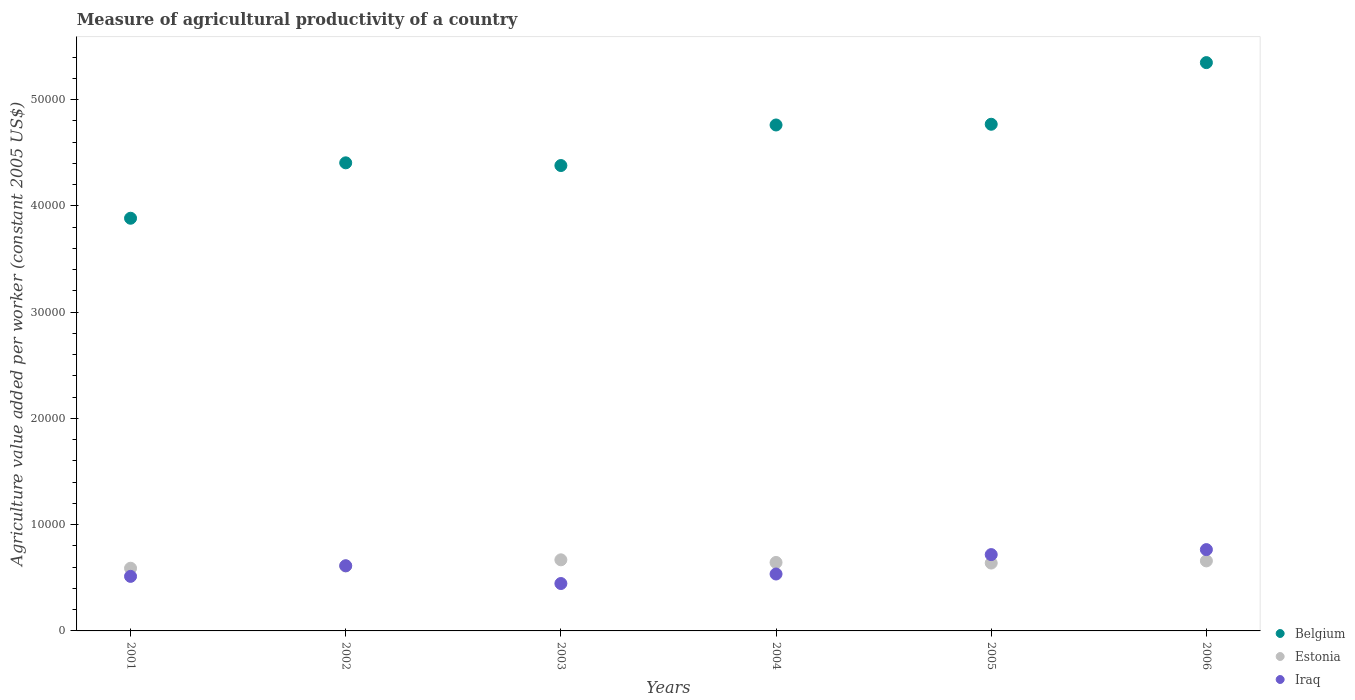
| Years | Belgium | Estonia | Iraq |
 | --- | --- | --- | --- |
 | 2001 | 3.88e+04 | 5.9e+03 | 5.13e+03 |
 | 2002 | 4.4e+04 | 6.11e+03 | 6.13e+03 |
 | 2003 | 4.38e+04 | 6.69e+03 | 4.46e+03 |
 | 2004 | 4.76e+04 | 6.44e+03 | 5.36e+03 |
 | 2005 | 4.77e+04 | 6.39e+03 | 7.18e+03 |
 | 2006 | 5.35e+04 | 6.59e+03 | 7.65e+03 |